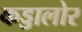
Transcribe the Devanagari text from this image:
कड्डालोर